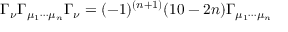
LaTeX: \Gamma _ { \nu } \Gamma _ { \mu _ { 1 } \cdots \mu _ { n } } \Gamma _ { \nu } = ( - 1 ) ^ { ( n + 1 ) } ( 1 0 - 2 n ) \Gamma _ { \mu _ { 1 } \cdots \mu _ { n } }